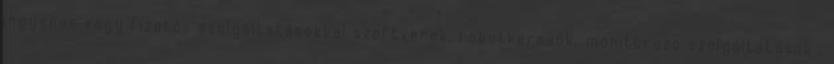
ingyenes vagy fizetős szolgáltatásokkal szoftverek, robotkeresők, monitorozó szolgáltatások .